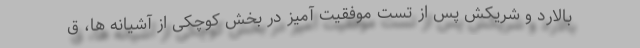
بالارد و شریکش پس از تست موفقیت آمیز در بخش کوچکی از آشیانه ها، ق